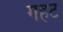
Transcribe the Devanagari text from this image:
गहट